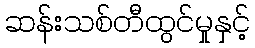
ဆန်းသစ်တီထွင်မှုနှင့်